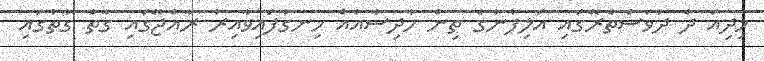
މިދިއަ ދެ ދުވަސްތެރޭގައި އަލިފާނުގެ ތިން ހާދިސާއެއް ހިނގާފައިވާއިރު ރާއްޖޭގައި ގާތް ގާތުގައި